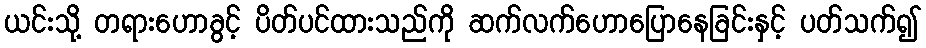
ယင်းသို့ တရားဟောခွင့် ပိတ်ပင်ထားသည်ကို ဆက်လက်ဟောပြောနေခြင်းနှင့် ပတ်သက်၍